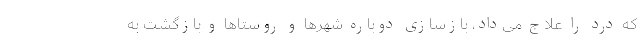
که درد را علاج می‌داد، بازسازی دوباره شهرها و روستاها و بازگشت به